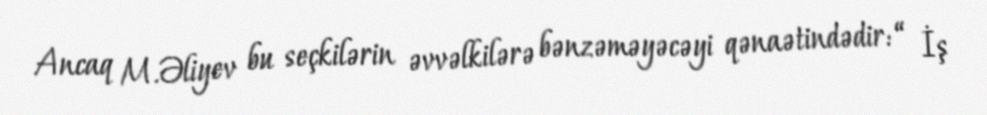
Ancaq M.Əliyev bu seçkilərin əvvəlkilərə bənzəməyəcəyi qənaətindədir: “ İş